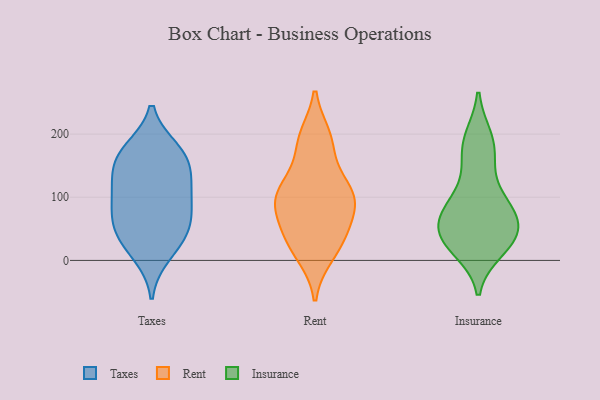
{"axis": {"x": "Conversion Rate (%)", "y": "Value"}, "legend": ["Insurance", "Rent", "Taxes"], "data": [{"x": "", "y": 68, "type": "Taxes"}, {"x": "", "y": 30, "type": "Taxes"}, {"x": "", "y": 174, "type": "Taxes"}, {"x": "", "y": 55, "type": "Taxes"}, {"x": "", "y": 10, "type": "Taxes"}, {"x": "", "y": 80, "type": "Taxes"}, {"x": "", "y": 122, "type": "Taxes"}, {"x": "", "y": 45, "type": "Taxes"}, {"x": "", "y": 157, "type": "Taxes"}, {"x": "", "y": 171, "type": "Taxes"}, {"x": "", "y": 158, "type": "Taxes"}, {"x": "", "y": 109, "type": "Taxes"}, {"x": "", "y": 112, "type": "Taxes"}, {"x": "", "y": 77, "type": "Rent"}, {"x": "", "y": 10, "type": "Rent"}, {"x": "", "y": 41, "type": "Rent"}, {"x": "", "y": 33, "type": "Rent"}, {"x": "", "y": 115, "type": "Rent"}, {"x": "", "y": 110, "type": "Rent"}, {"x": "", "y": 87, "type": "Rent"}, {"x": "", "y": 106, "type": "Rent"}, {"x": "", "y": 194, "type": "Rent"}, {"x": "", "y": 184, "type": "Rent"}, {"x": "", "y": 25, "type": "Insurance"}, {"x": "", "y": 85, "type": "Insurance"}, {"x": "", "y": 47, "type": "Insurance"}, {"x": "", "y": 95, "type": "Insurance"}, {"x": "", "y": 70, "type": "Insurance"}, {"x": "", "y": 35, "type": "Insurance"}, {"x": "", "y": 191, "type": "Insurance"}, {"x": "", "y": 193, "type": "Insurance"}, {"x": "", "y": 56, "type": "Insurance"}, {"x": "", "y": 35, "type": "Insurance"}, {"x": "", "y": 18, "type": "Insurance"}, {"x": "", "y": 34, "type": "Insurance"}, {"x": "", "y": 72, "type": "Insurance"}, {"x": "", "y": 171, "type": "Insurance"}, {"x": "", "y": 151, "type": "Insurance"}, {"x": "", "y": 96, "type": "Insurance"}]}